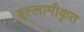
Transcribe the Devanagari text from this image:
इस्लामीकृत